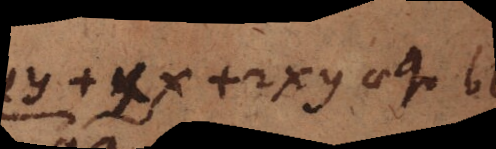
yy+xx+2xy aequ bb